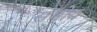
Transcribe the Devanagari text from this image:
संमोद